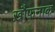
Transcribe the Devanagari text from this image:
ख़ौफ़नाक